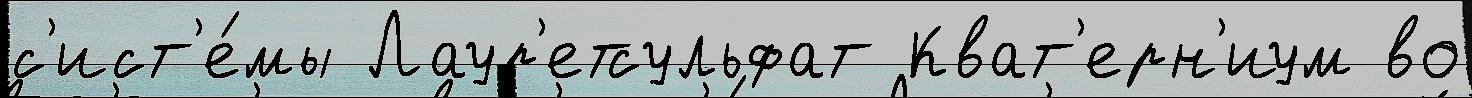
с'ист'е́мы Лаур'етсульфат Кват'ерн'иум во